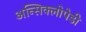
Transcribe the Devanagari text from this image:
अन्सिक्लोपेडी